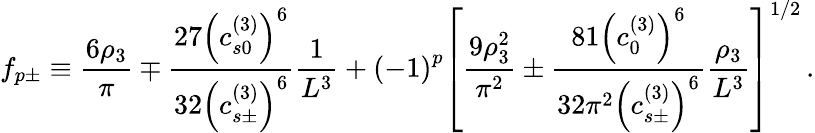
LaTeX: f_{p\pm}\equiv\frac{6\rho_{3}}{\pi}\mp\frac{27\left(c_{s0}^{\left(3\right)}\right)^{6}}{32\left(c_{s\pm}^{\left(3\right)}\right)^{6}}\frac{1}{L^{3}}+\left(-1\right)^{p}\left[\frac{9\rho_{3}^{2}}{\pi^{2}}\pm\frac{81\left(c_{0}^{\left(3\right)}\right)^{6}}{32\pi^{2}\left(c_{s\pm}^{\left(3\right)}\right)^{6}}\frac{\rho_{3}}{L^{3}}\right]^{1/2}\, .